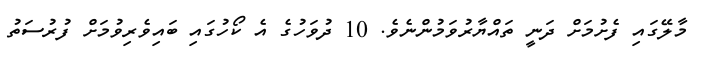
މާލޭގައި ފެށުމަށް ދަނީ ތައްޔާރުވަމުންނެވެ. 10 ދުވަހުގެ އެ ކޯހުގައި ބައިވެރިވުމަށް ފުރުސަތު